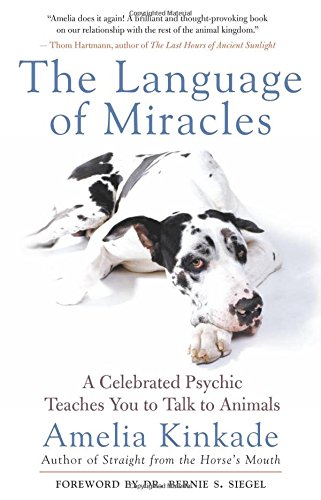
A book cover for The Language of Miracles: A Celebrated Psychic Teaches You to Talk to Animals; Amelia Kinkade; Crafts, Hobbies & Home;